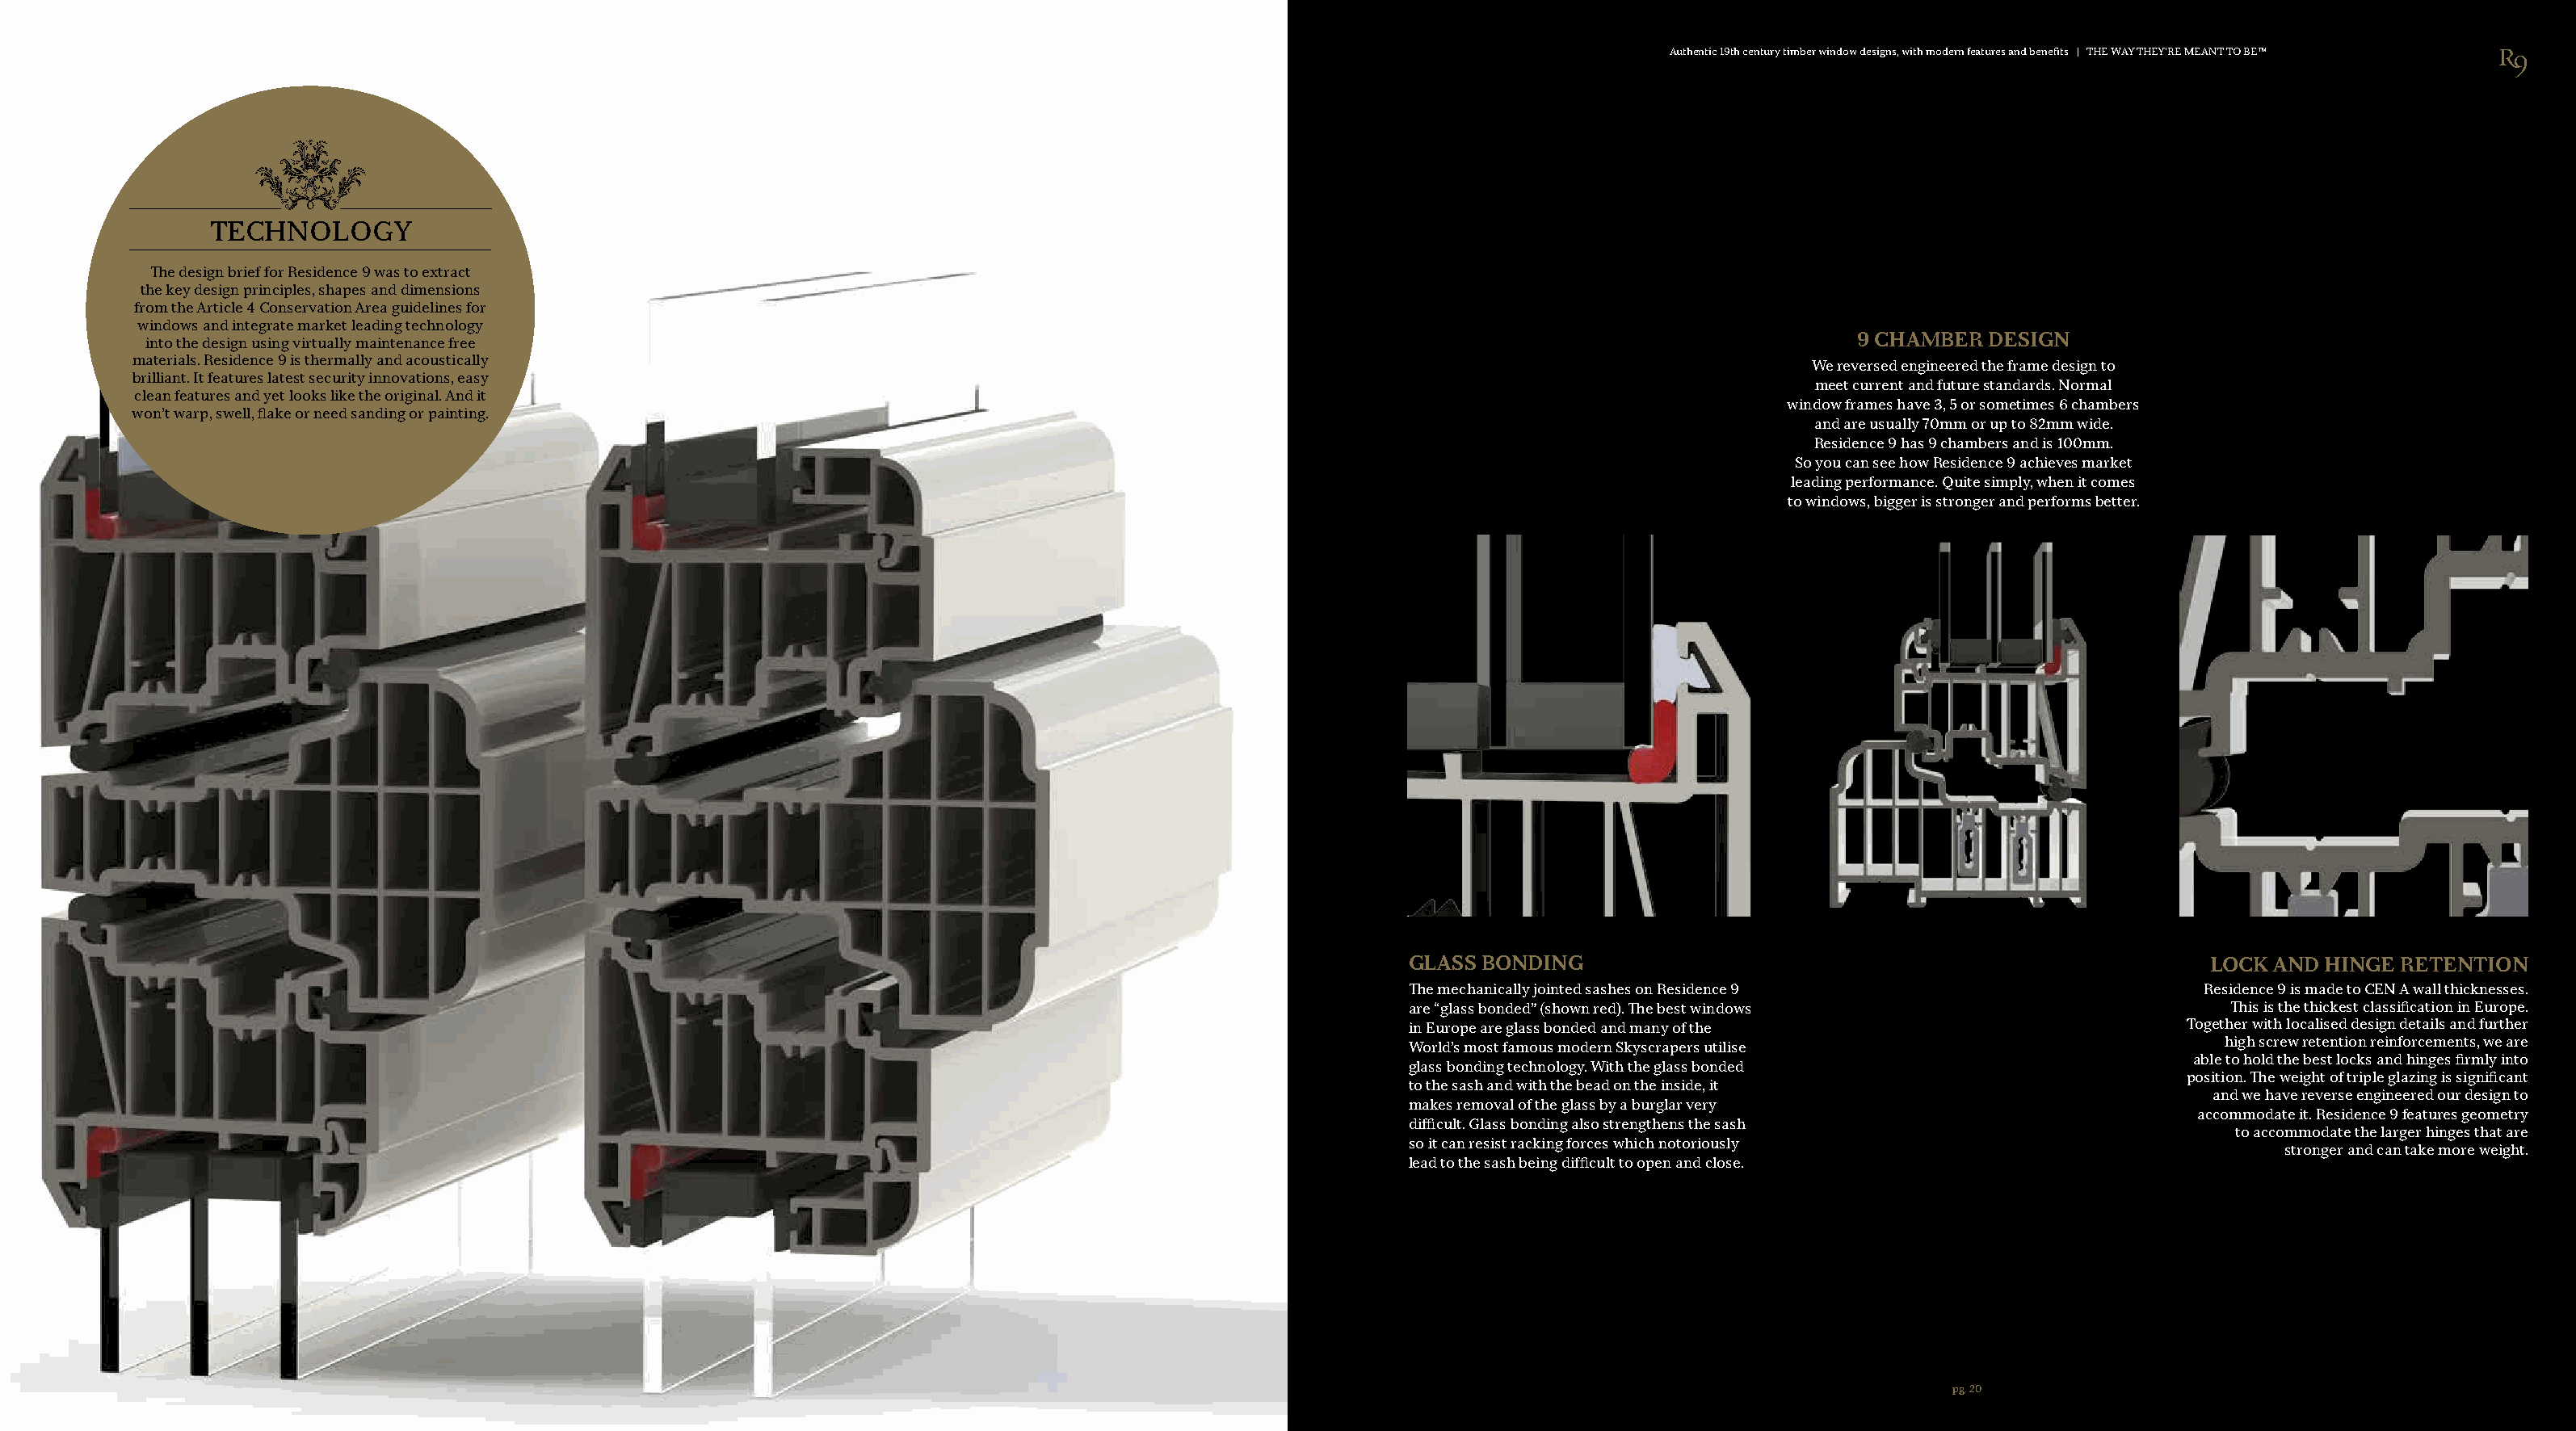
Authentic 19th century timber window designs, with modern features and benefits | THE WAY THEY’RE MEANT TO BETM
 TECHNOLOGY
 The design brief for Residence 9 was to extract
 the key design principles, shapes and dimensions
 from the Article 4 Conservation Area guidelines for
 windows and integrate market leading technology
 9 CHAMBER  DESIGN
 into the design using virtually maintenance free
 materials. Residence 9 is thermally and acoustically
 We reversed engineered the frame design to
 brilliant. It features latest security innovations, easy
 meet current and future standards. Normal
 clean features and yet looks like the original. And it
 window frames have 3, 5 or sometimes 6 chambers
 won’t warp, swell, flake or need sanding or painting.
 and are usually 70mm or up to 82mm wide.
 Residence 9 has 9 chambers and is 100mm.
 So you can see how Residence 9 achieves market
 leading performance. Quite simply, when it comes
 to windows, bigger is stronger and performs better.
 GLASS BONDING                                                     LOCK AND  HINGE RETENTION
 The mechanically jointed sashes on Residence 9                    Residence 9 is made to CEN A wall thicknesses.
 are “glass bonded” (shown red). The best windows                    This is the thickest classification in Europe.
 in Europe are glass bonded and many of the                      Together with localised design details and further
 high screw retention reinforcements, we are
 World’s most famous modern Skyscrapers utilise
 able to hold the best locks and hinges firmly into
 glass bonding technology. With the glass bonded
 position. The weight of triple glazing is significant
 to the sash and with the bead on the inside, it
 and we have reverse engineered our design to
 makes removal of the glass by a burglar very
 accommodate it. Residence 9 features geometry
 difficult. Glass bonding also strengthens the sash
 to accommodate the larger hinges that are
 so it can resist racking forces which notoriously
 stronger and can take more weight.
 lead to the sash being difficult to open and close.
 pg. 20